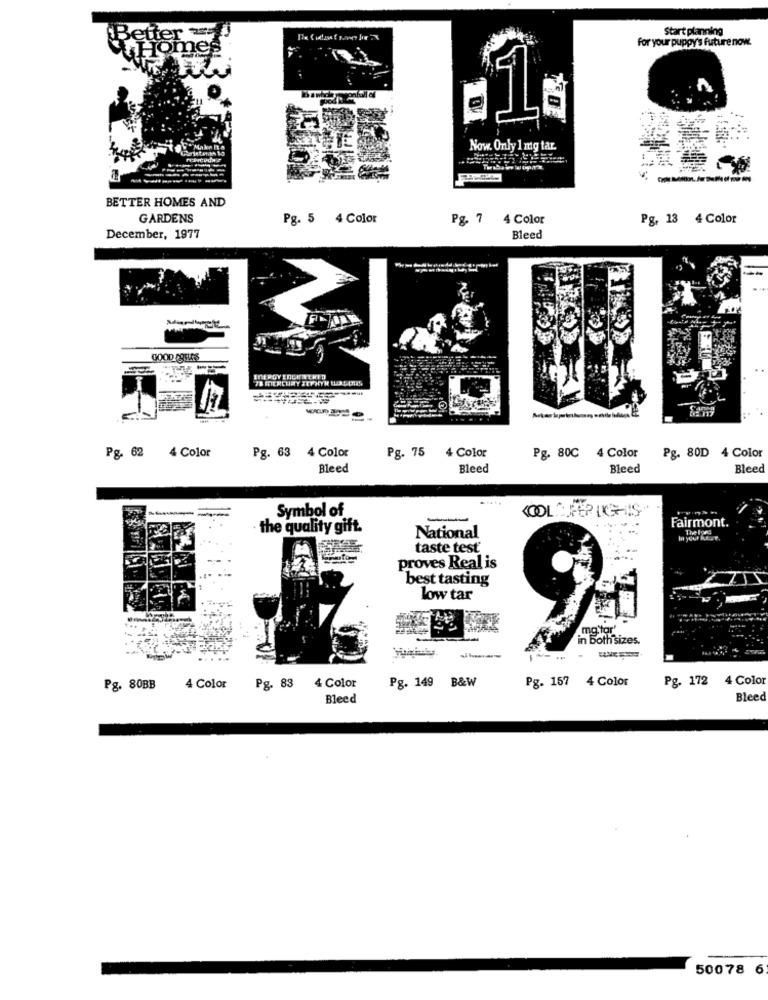
Start planning
for your puppy's future now.
Make It &
Now. Only 1 mg tar.
---
-------
--------
--------
BETTER HOMES AND
GARDENS
Pg. 5 4 Color
Pg. 7
4 Color
Pg, 13 4 Color
Bleed
December, 1977
GOOD ASSUAS
Pg. 62 4 Color
Pg. 63 4 Color
4 Color
Pg. 75 4 Color
Pg. 80C
Pg. 80D 4 Color
Bleed
Bleed
Bleed
Bleed
Symbol of
-
Fairmont.
the quality gift.
National
In your Ke
taste test
proves Real is
best tasting
low tar
in both sizes.
Pg. 149 B&W
Pg. 172
4 Color
Pg. 80BB
4 Color
Pg. 83
4 Color
Pg. 157 4 Color
Bleed
Bleed
50078 6